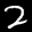
Label: 2